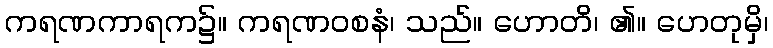
ကရဏကာရက၌။ ကရဏဝစနံ၊ သည်။ ဟောတိ၊ ၏။ ဟေတုမှိ၊